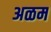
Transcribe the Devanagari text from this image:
अळम